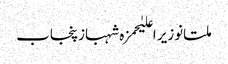
ملتانوزیر اعلیٰحمزہ شہبازپنجاب